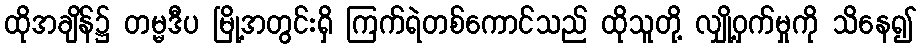
ထိုအချိန်၌ တမ္မဒီပ မြို့အတွင်းရှိ ကြက်ရဲတစ်ကောင်သည် ထိုသူတို့ လျှို့ဝှက်မှုကို သိနေ၍